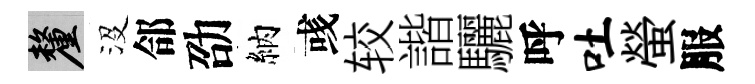
厘沒郃劭納彧较諧驪呼吐螢服